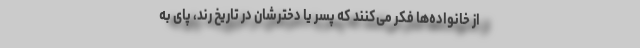
از خانواده‌ها فکر می‌کنند که پسر یا دخترشان در تاریخ رُند، پای به